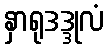
နှာရုဒဒ္ဒုလံ